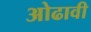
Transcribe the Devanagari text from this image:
ओढावी